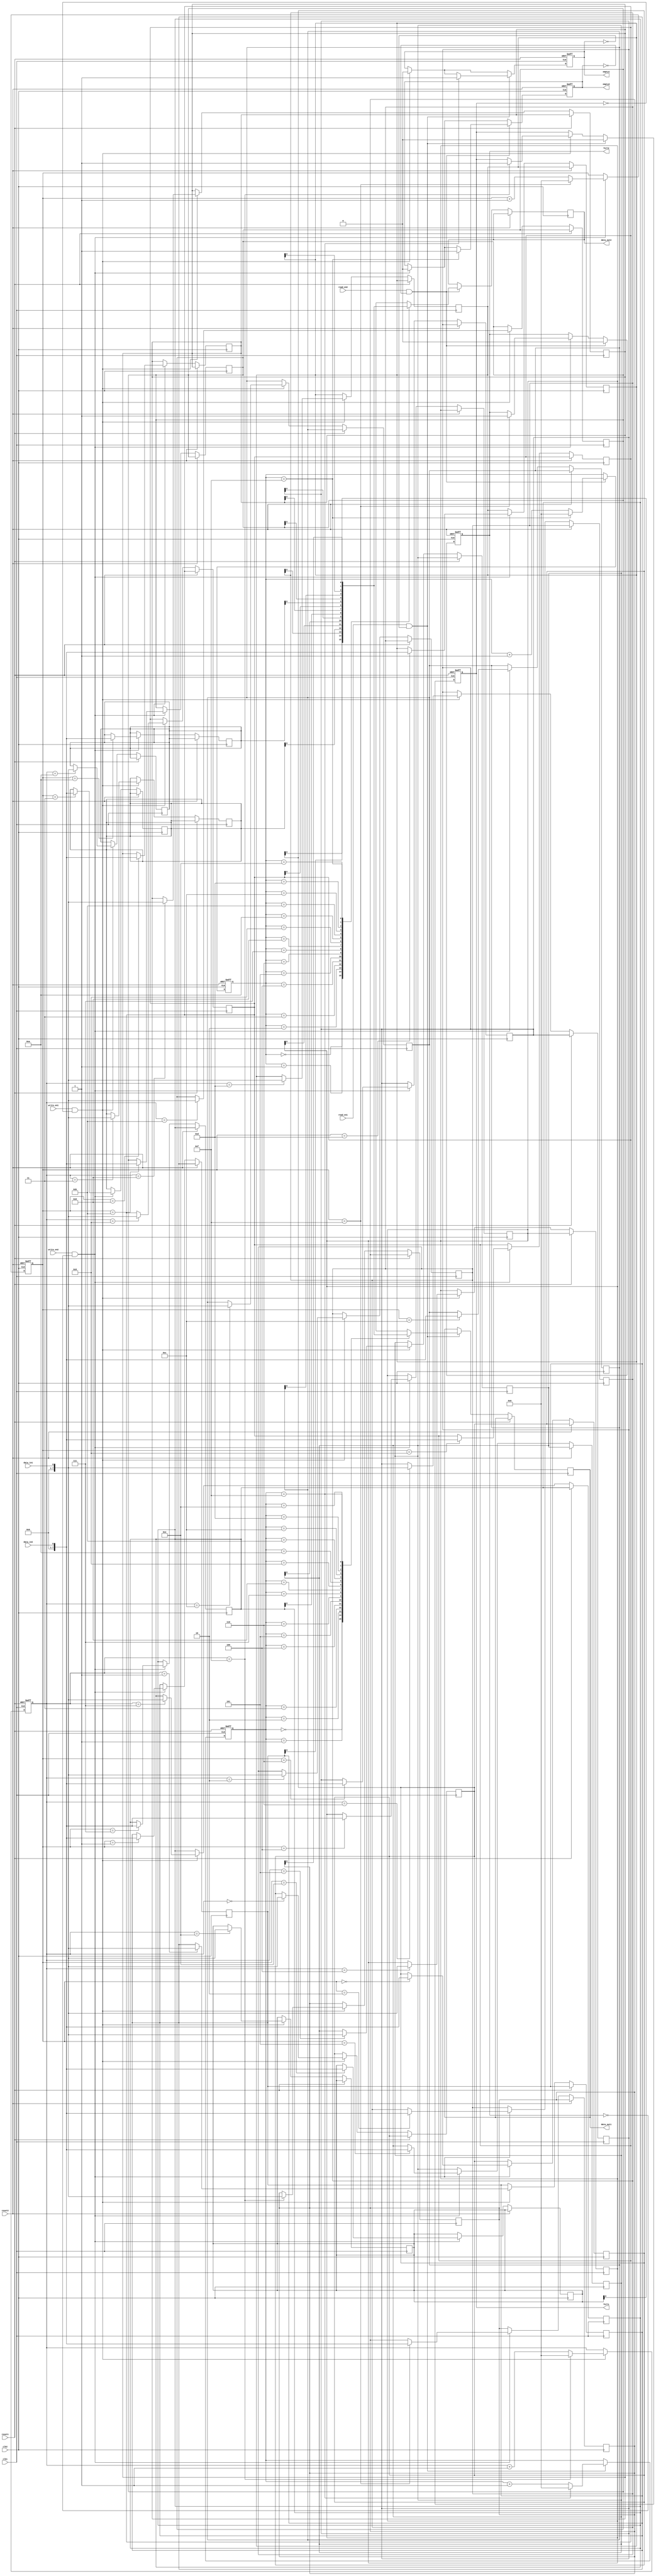
module dual_port_fifo (
    input wire clk1, // Clock signal for port 1
    input wire reset1, // Reset signal for port 1
    input wire data_in1, // Data input for port 1
    output reg data_out1, // Data output for port 1
    input wire read_en1, // Read enable for port 1
    input wire write_en1, // Write enable for port 1
    output reg full1, // Full signal for port 1
    output reg empty1, // Empty signal for port 1
    
    input wire clk2, // Clock signal for port 2
    input wire reset2, // Reset signal for port 2
    input wire data_in2, // Data input for port 2
    output reg data_out2, // Data output for port 2
    input wire read_en2, // Read enable for port 2
    input wire write_en2, // Write enable for port 2
    output reg full2, // Full signal for port 2
    output reg empty2 // Empty signal for port 2
);

reg [7:0] fifo_buffer [0:15];
reg [3:0] read_ptr1, write_ptr1, read_ptr2, write_ptr2;

always @(posedge clk1 or posedge reset1) begin
    if(reset1) begin
        read_ptr1 <= 0;
        write_ptr1 <= 0;
        full1 <= 0;
        empty1 <= 1;
    end else begin
        if(write_en1 && !full1) begin
            fifo_buffer[write_ptr1] <= data_in1;
            write_ptr1 <= write_ptr1 + 1;
            if(write_ptr1 == 15) begin
                write_ptr1 <= 0;
                full1 <= 1;
            end
            empty1 <= 0;
        end
        if(read_en1 && !empty1) begin
            data_out1 <= fifo_buffer[read_ptr1];
            read_ptr1 <= read_ptr1 + 1;
            if(read_ptr1 == 15) begin
                read_ptr1 <= 0;
                empty1 <= 1;
            end
            full1 <= 0;
        end
    end
end

always @(posedge clk2 or posedge reset2) begin
    if(reset2) begin
        read_ptr2 <= 0;
        write_ptr2 <= 0;
        full2 <= 0;
        empty2 <= 1;
    end else begin
        if(write_en2 && !full2) begin
            fifo_buffer[write_ptr2] <= data_in2;
            write_ptr2 <= write_ptr2 + 1;
            if(write_ptr2 == 15) begin
                write_ptr2 <= 0;
                full2 <= 1;
            end
            empty2 <= 0;
        end
        if(read_en2 && !empty2) begin
            data_out2 <= fifo_buffer[read_ptr2];
            read_ptr2 <= read_ptr2 + 1;
            if(read_ptr2 == 15) begin
                read_ptr2 <= 0;
                empty2 <= 1;
            end
            full2 <= 0;
        end
    end
end

endmodule